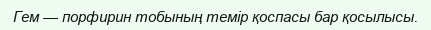
Гем — порфирин тобының темір қоспасы бар қосылысы.